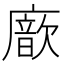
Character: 𢋆